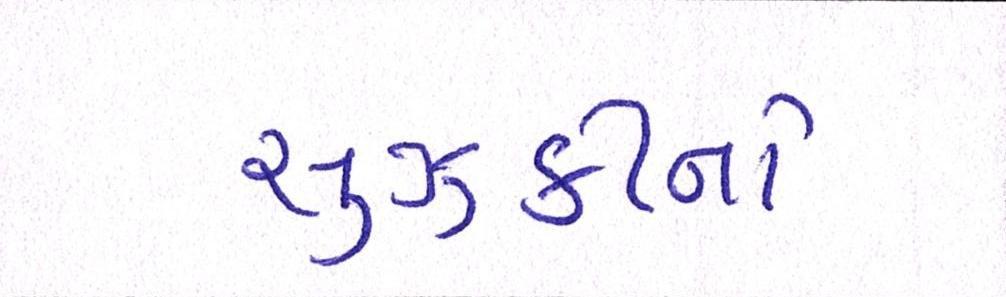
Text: સુઝુકીનો